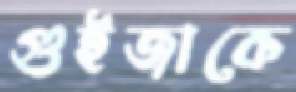
গুইজাকে